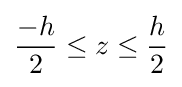
{\frac {-h}{2}}\leq z\leq {\frac {h}{2}}